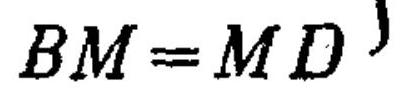
\(BM = MD\}\)